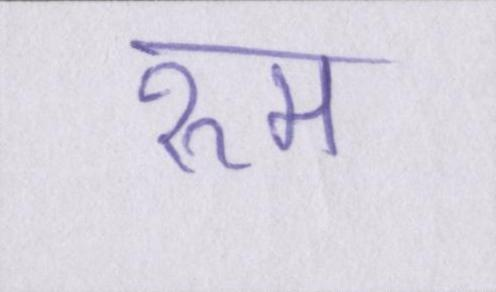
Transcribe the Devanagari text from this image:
रुम